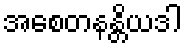
အစေတနန္တိယဒါ